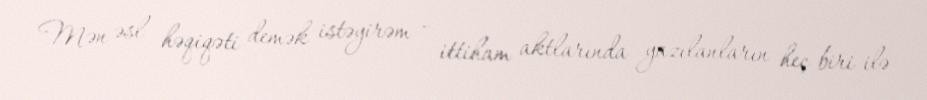
Mən əsl həqiqəti demək istəyirəm - ittiham aktlarında yazılanların heç biri ilə